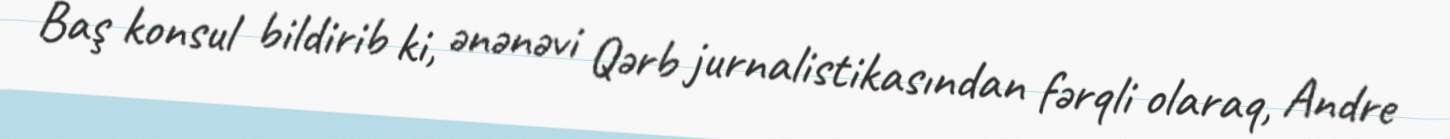
Baş konsul bildirib ki, ənənəvi Qərb jurnalistikasından fərqli olaraq, Andre